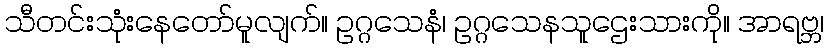
သီတင်းသုံးနေတော်မူလျက်။ ဥဂ္ဂသေနံ၊ ဥဂ္ဂသေနသူဌေးသားကို။ အာရဗ္ဘ၊